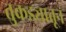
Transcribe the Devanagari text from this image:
तुकड्यातून